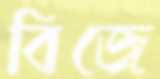
বিজে